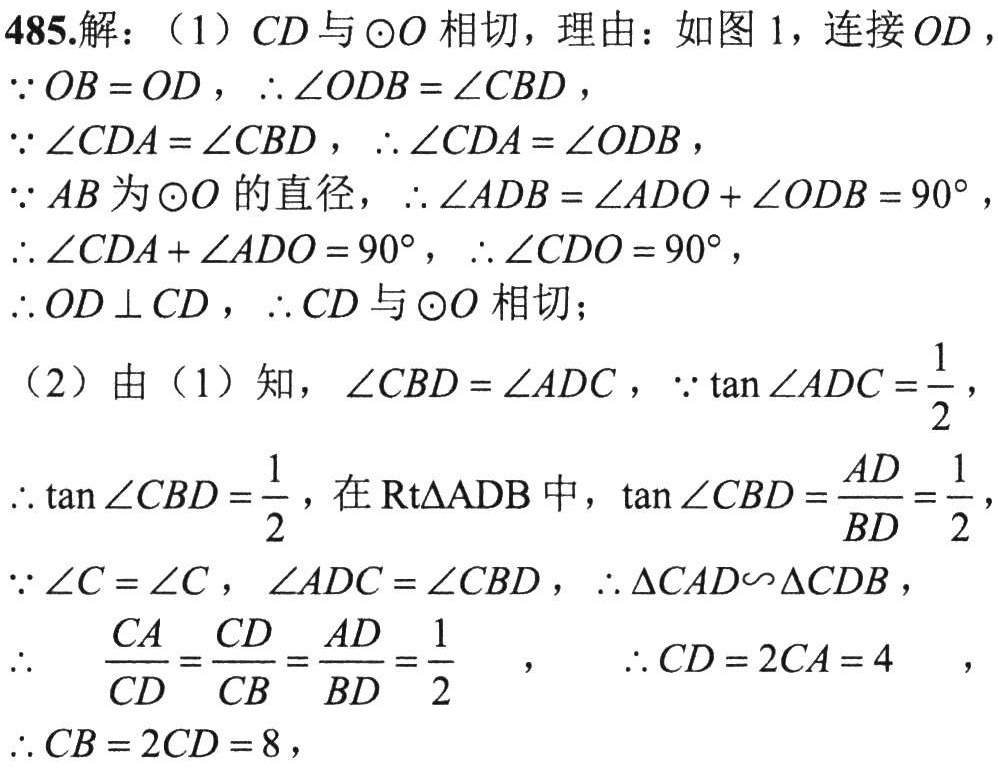
485.解：（1）\(CD\)与\(\odot O\)相切，理由：如图1，连接\(OD\)，
\(\because OB = OD\)，\(\therefore \angle ODB = \angle CBD\)，
\(\because \angle CDA = \angle CBD\)，\(\therefore \angle CDA = \angle ODB\)，
\(\because AB\)为\(\odot O\)的直径，\(\therefore \angle ADB=\angle ADO+\angle ODB = 90^{\circ}\)，
\(\therefore \angle CDA+\angle ADO = 90^{\circ}\)，\(\therefore \angle CDO = 90^{\circ}\)，
\(\therefore OD\perp CD\)，\(\therefore CD\)与\(\odot O\)相切；
（2）由（1）知，\(\angle CBD = \angle ADC\)，\(\because \tan\angle ADC=\frac{1}{2}\)，
\(\therefore \tan\angle CBD=\frac{1}{2}\)，在\(\text{Rt}\triangle ADB\)中，\(\tan\angle CBD=\frac{AD}{BD}=\frac{1}{2}\)，
\(\because \angle C = \angle C\)，\(\angle ADC = \angle CBD\)，\(\therefore \triangle CAD\backsim\triangle CDB\)，
\(\therefore \frac{CA}{CD}=\frac{CD}{CB}=\frac{AD}{BD}=\frac{1}{2}\) ， \(\therefore CD = 2CA = 4\) ，
\(\therefore CB = 2CD = 8\)，